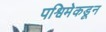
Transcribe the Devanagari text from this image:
पश्विमेकडून